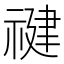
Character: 𰨍